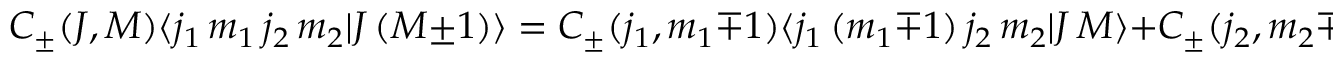
C _ { \pm } ( J , M ) \langle j _ { 1 } \, m _ { 1 } \, j _ { 2 } \, m _ { 2 } | J \, ( M \pm 1 ) \rangle = C _ { \pm } ( j _ { 1 } , m _ { 1 } \mp 1 ) \langle j _ { 1 } \, ( m _ { 1 } \mp 1 ) \, j _ { 2 } \, m _ { 2 } | J \, M \rangle + C _ { \pm } ( j _ { 2 } , m _ { 2 } \mp 1 ) \langle j _ { 1 } \, m _ { 1 } \, j _ { 2 } \, ( m _ { 2 } \mp 1 ) | J \, M \rangle